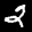
Label: 2